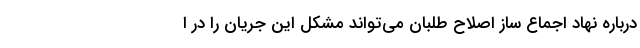
درباره نهاد اجماع ساز اصلاح طلبان می‌تواند مشکل این جریان را در ا